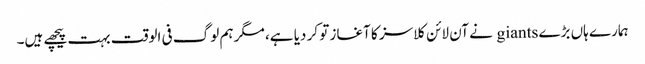
ہمارے ہاں بڑے giants نے آن لائن کلاسز کا آغاز تو کر دیا ہے، مگر ہم لوگ فی الوقت بہت پیچھے ہیں۔